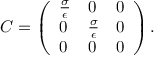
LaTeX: C = \left( { \begin{array} { l l l } { { \frac { \sigma } { \epsilon } } } & { 0 } & { 0 } \\ { 0 } & { { \frac { \sigma } { \epsilon } } } & { 0 } \\ { 0 } & { 0 } & { 0 } \end{array} } \right) .